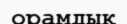
орамдық